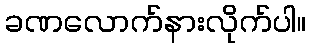
ခဏလောက်နားလိုက်ပါ။